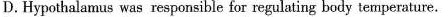
D.Hypothalamus was responsible for regulating body temperature.